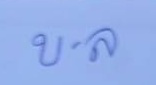
บ . ล